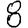
Digit: 8